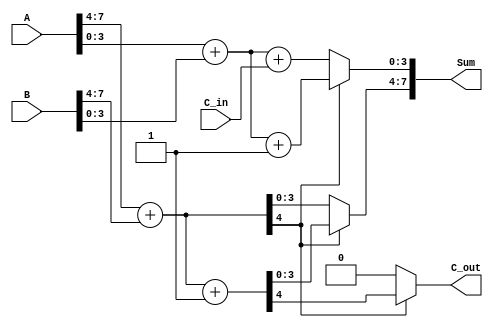
module carry_select_adder (
    input [7:0] A,        // 8-bit input A
    input [7:0] B,        // 8-bit input B
    input C_in,           // Carry input
    output [7:0] Sum,     // 8-bit Sum output
    output C_out          // Carry output
);
    wire [4:0] S0, S1;    // Sums for higher-order bits (with carry-in 0 and 1)
    wire [4:0] S2, S3;    // Sums for lower-order bits (with carry-in 0 and 1)
    wire C_H;             // Carry out from higher-order bits

    // Higher-order bits (A[7:4], B[7:4])
    assign S0 = A[7:4] + B[7:4];             // Sum with C_in = 0
    assign S1 = A[7:4] + B[7:4] + 1'b1;      // Sum with C_in = 1
    
    // Lower-order bits (A[3:0], B[3:0])
    assign S2 = A[3:0] + B[3:0] + C_in;       // Sum with C_in
    assign S3 = A[3:0] + B[3:0] + 1'b1;       // Sum with C_in = 1

    // Carry out from higher-order block
    assign C_H = S0[4]; // C_out from higher-order block (5th bit of S0)
    
    // Final sum selection
    assign Sum[7:4] = (C_H) ? S1[3:0] : S0[3:0]; // Select sum based on C_out
    assign Sum[3:0] = (C_H) ? S3[3:0] : S2[3:0]; // Select sum based on C_out
    
    // Final carry out
    assign C_out = (C_H) ? S1[4] : S0[4]; // Carry out is determined from selected higher-order sum

endmodule